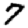
Digit: 7